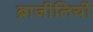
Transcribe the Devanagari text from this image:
ब्राजीलियों